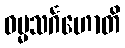
ဓမ္မသင်္ဂဟောတိ